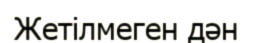
Жетілмеген дән